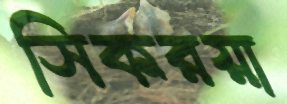
সিকরয়া